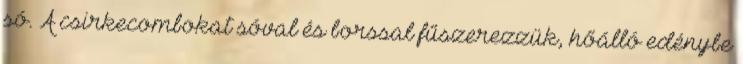
só. A csirkecombokat sóval és borssal fűszerezzük, hőálló edénybe